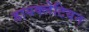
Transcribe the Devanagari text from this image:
डायक्लेटियन